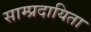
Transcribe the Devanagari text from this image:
साम्प्रदायिता